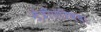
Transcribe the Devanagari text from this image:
मंत्रीपरिषद।